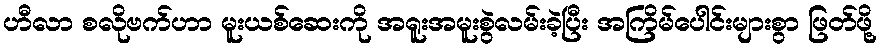
ဟီလာ စလိုဗက်ဟာ မူးယစ်ဆေးကို အရူးအမူးစွဲလမ်းခဲ့ပြီး အကြိမ်ပေါင်းများစွာ ဖြတ်ဖို့